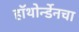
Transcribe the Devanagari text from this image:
हॉथोर्न्डेनचा